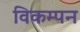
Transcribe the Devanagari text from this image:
विकम्पन